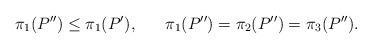
LaTeX: \begin{align*} \pi_{1}(P'') \leq \pi_{1}(P'), \;\;\;\;\;\; \pi_{1}(P'')=\pi_{2}(P'')=\pi_{3}(P''). \end{align*}